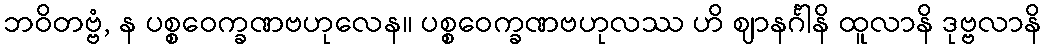
ဘဝိတဗ္ဗံ, န ပစ္စဝေက္ခဏဗဟုလေန။ ပစ္စဝေက္ခဏဗဟုလဿ ဟိ ဈာနင်္ဂါနိ ထူလာနိ ဒုဗ္ဗလာနိ